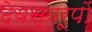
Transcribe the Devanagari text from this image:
देवस्वरूपों